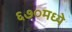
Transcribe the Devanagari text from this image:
६७०मध्ये